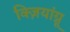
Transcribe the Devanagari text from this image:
क्ज़ियांग्नू